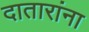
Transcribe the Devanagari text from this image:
दातारांना